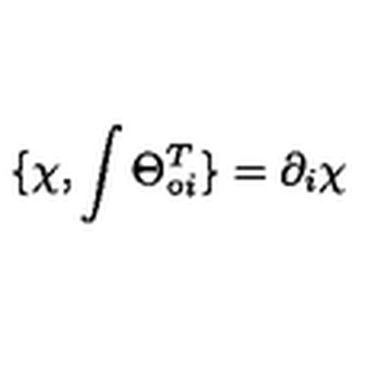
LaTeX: \{ \chi , \int \Theta _ { \circ i } ^ { T } \} = \partial _ { i } \chi